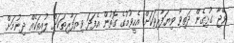
ވޭޖާ ގުޅިގެން ދަތިވާ ވިޔަފާރިތަކަށް އެހީވުމުގެ ގޮތުން އެފަދަ ވިޔަފާރިތަކަށް ލުއިތަކެއް ދިނުމަށް